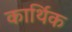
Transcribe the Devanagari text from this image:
कार्थिक